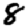
Digit: 8